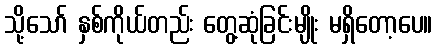
သို့သော် နှစ်ကိုယ်တည်း တွေ့ဆုံခြင်းမျိုး မရှိတော့ပေ။